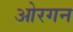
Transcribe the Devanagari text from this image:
ओरगन